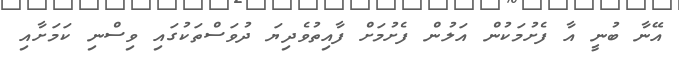
އޭނާ ބުނީ އާ ފެށުމަކުން އަލުން ފެށުމަށް ފާއިތުވެދިޔަ ދުވަސްތަކުގައި ވިސްނި ކަމަށާއި